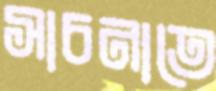
সাচনাতে